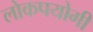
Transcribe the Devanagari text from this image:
लोकपयोगी